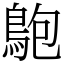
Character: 䳈